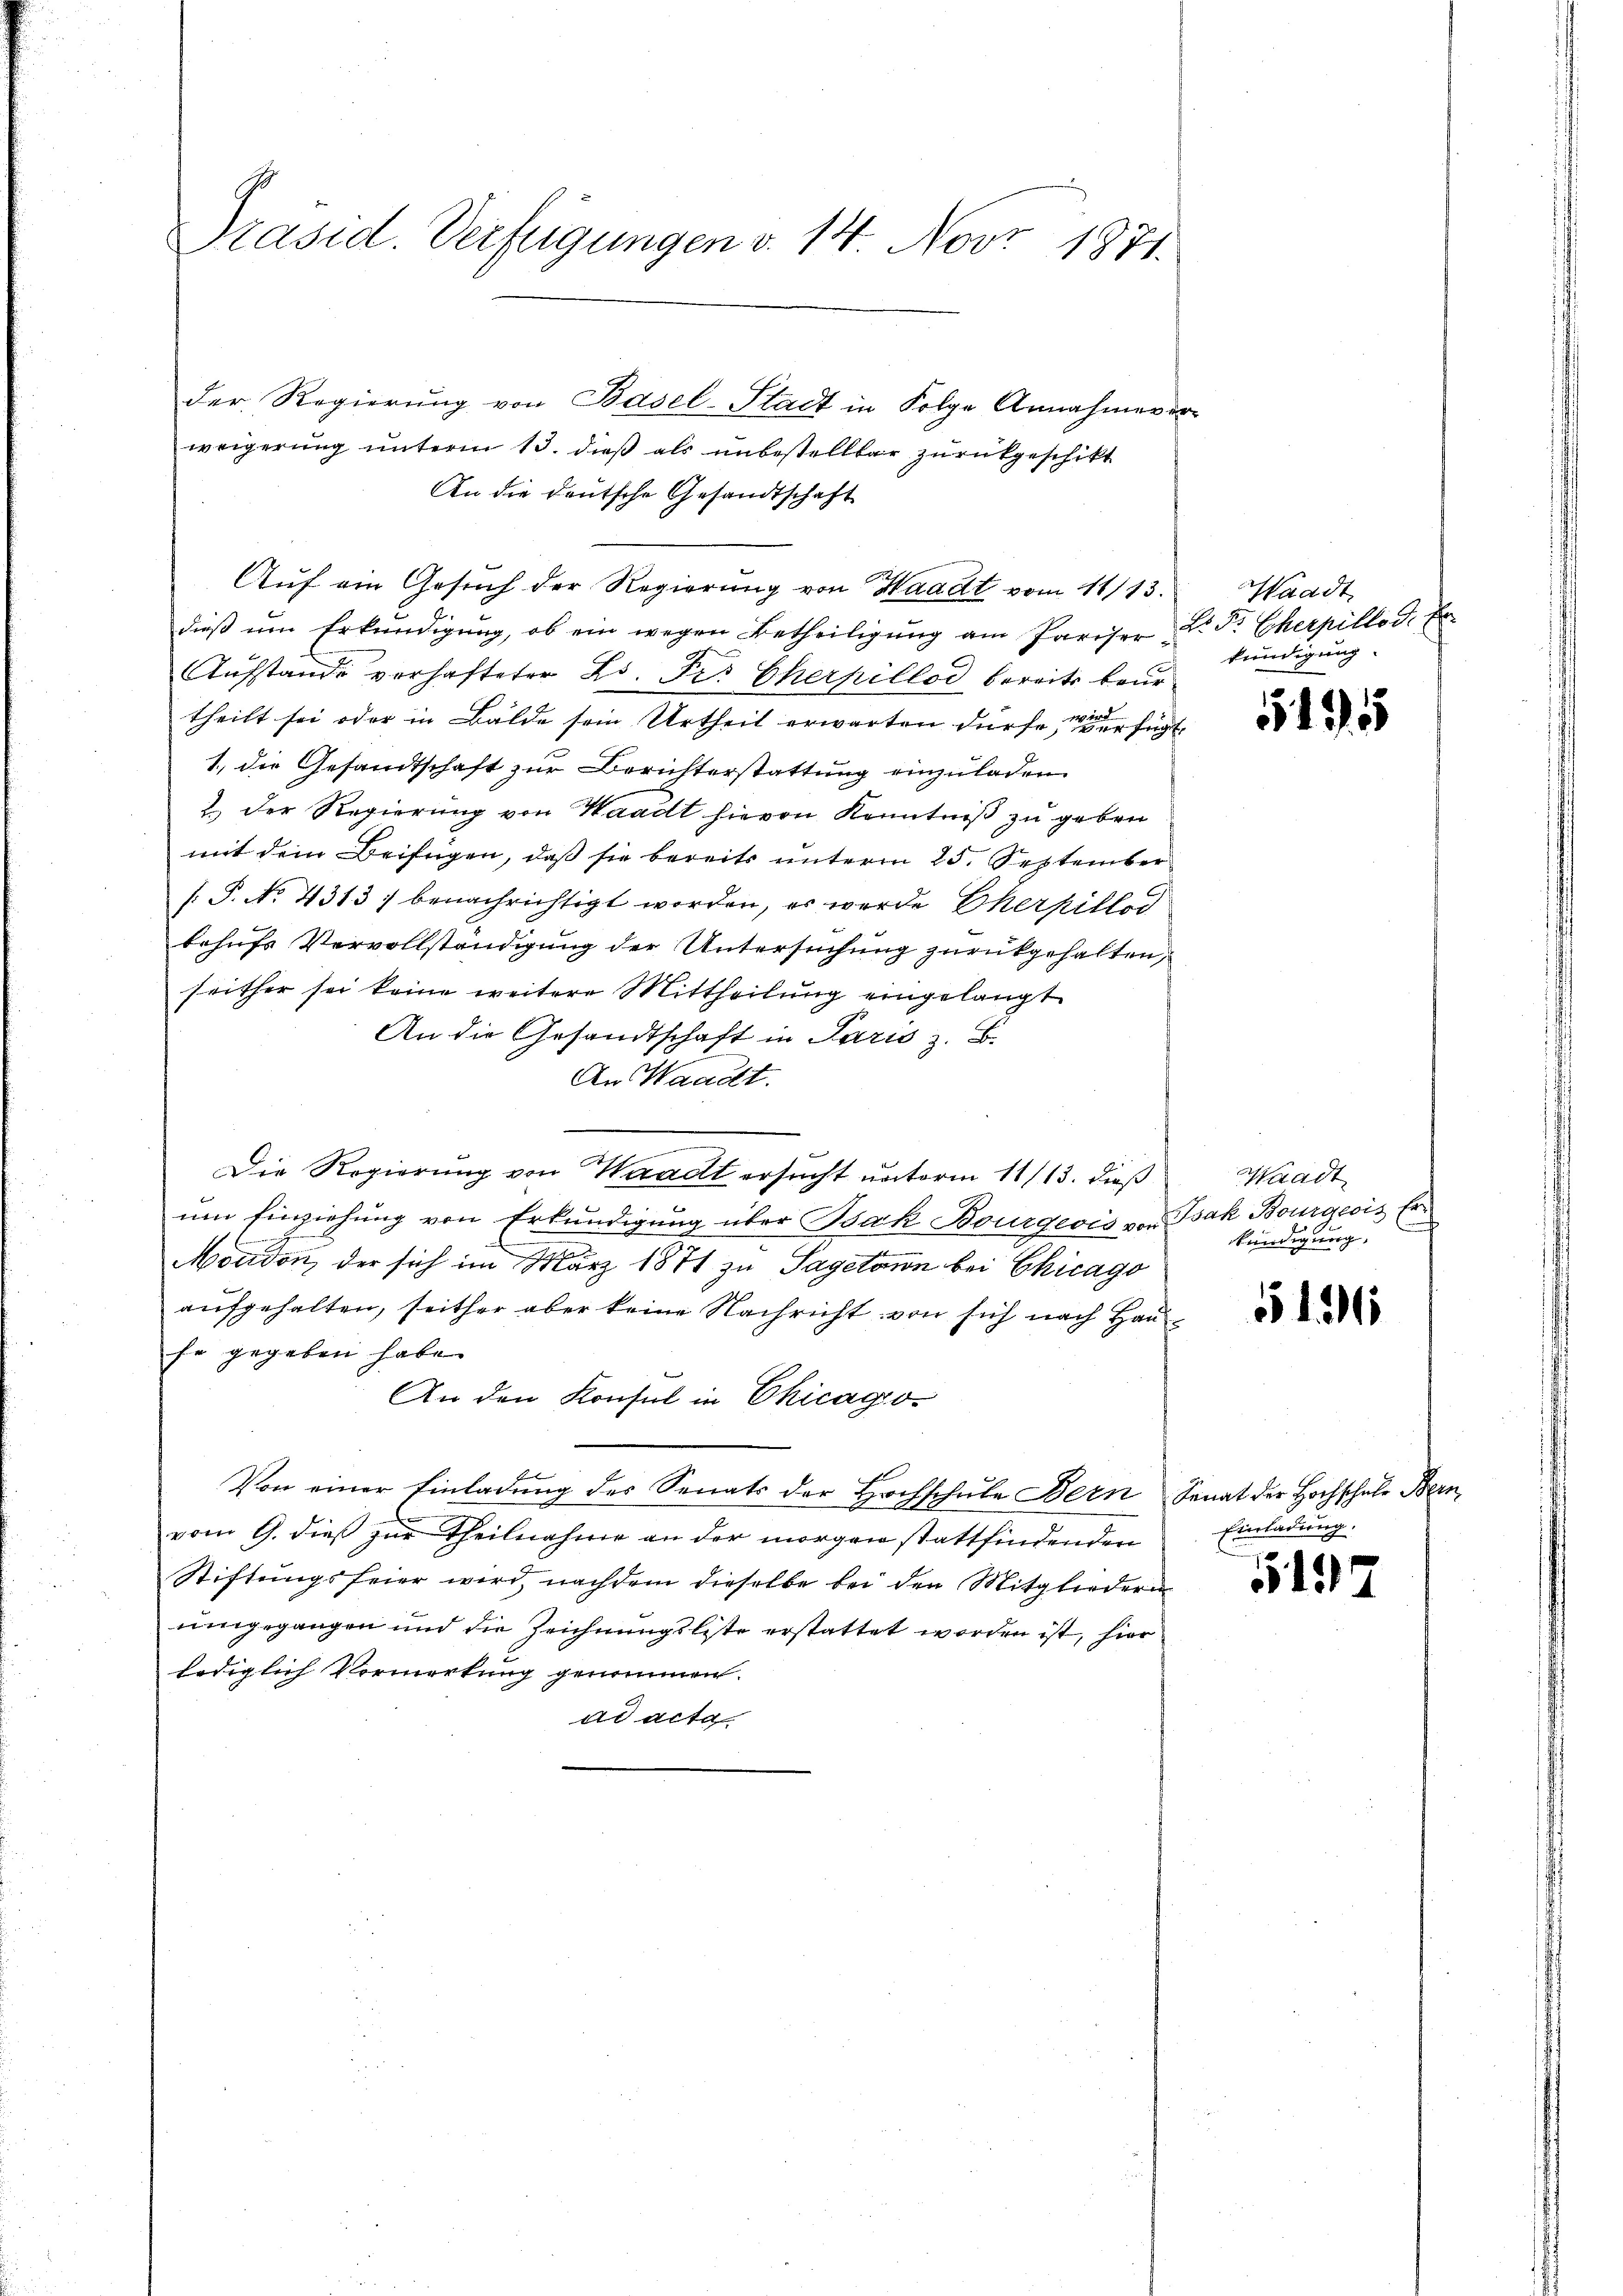
Präsid. Verfügungen v. 14 Nov. 1871.

der Regierung von Basel-Stadt in Folge Annahmeverweigerung unterm 13. dieß als unbestellbar zurückgeschikt
An die deutsche Gesandtschaft
Auf ein Gesuch der Regierung von Waadt vom 11/13.
dieß um Erkundigung, ob ein wegen Betheiligung am Pariser Dr. Dr. Eherpillod. Er
Aufstande verhafteter Ed. Fr. Eherpillod bereits beur
theilt sei oder in Bälde sein Urtheil erwarten dürfe, verfügt
1., die Gesandtschaft zur Berichterstattung einzuladen.
2.) Der Regierung von Waadt hievon Kenntniß zu geben
mit dem Beifügen, daß sie bereits unterm 25. September
[P. No. 4313) benachrichtigt worden, es wurde Eherpillod
behufs Vervollständigung der Untersuchung zurückgehalten,
seither sei keine weitere Mittheilŭng eingelangt
An die Gesandtschaft in Paris z. B.
An Waadt.
Die Regierung von Waadt ersucht unterm 11/13. dieß
um Einziehung von Erkundigung über Bak Bourgeois von Bah Bourgeois Er¬
Moudon, der sich im März 1871 zu Sagetann bei Chicago
aufgehalten, seither aber keine Nachricht von sich nach Hauhe gegeben habe.
An den Konsul in Chicago¬
Von einer Einladung des Senats der Hochschule Bern Senat der Hochschule Bern
vom 9. dieß zur Theilnahme an der morgen stattfindenden
Stiftungsfeier wird, nachdem dieselbe bei den Mitgliederun
umgegangen und die Zeichnungsliste erstattet worden ist, hier
lediglich Vormerkung genommen.
ad acta

Waadt
kündigung.

515

Waadt
kündigung,

5136

Einladung.

5193